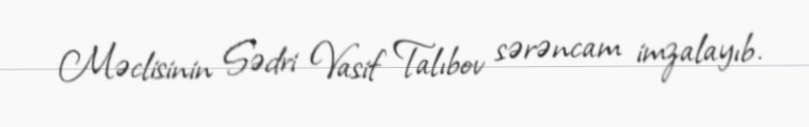
Məclisinin Sədri Vasif Talıbov sərəncam imzalayıb.